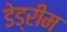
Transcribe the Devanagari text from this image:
डेड्रीम